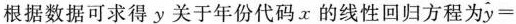
根据数据可求得y关于年份代码x的线性回归方程为 $$\widehat { y } =